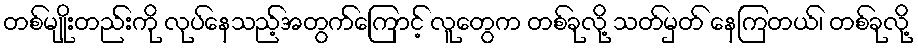
တစ်မျိုးတည်းကို လုပ်နေသည့်အတွက်ကြောင့် လူတွေက တစ်ခုလို့ သတ်မှတ် နေကြတယ်၊ တစ်ခုလို့